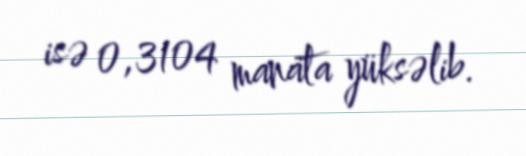
isə 0,3104 manata yüksəlib.